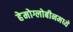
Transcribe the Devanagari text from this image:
हेमोग्लोबीनमध्ये